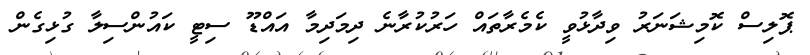
ޕޮލިސް ކޮމިޝަނަރު ވިދާޅުވީ ކެމެރާތައް ހަރުކުރާނެ ދިމަދިމާ އައްޑޫ ސިޓީ ކައުންސިލާ ގުޅިގެން